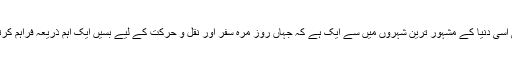
کراچی اسی دنیا کے مشہور ترین شہروں میں سے ایک ہے کہ جہاں روز مرہ سفر اور نقل و حرکت کے لیے بسیں ایک اہم ذریعہ فراہم کرتی ہیں۔